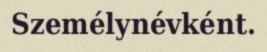
Személynévként.